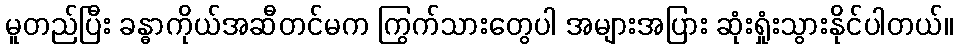
မူတည်ပြီး ခန္ဓာကိုယ်အဆီတင်မက ကြွက်သားတွေပါ အများအပြား ဆုံးရှုံးသွားနိုင်ပါတယ်။